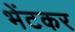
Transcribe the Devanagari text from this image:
भेंटकर